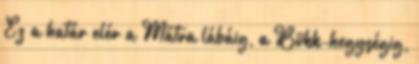
Ez a határ elér a Mátra lábáig, a Bükk-hegységig,